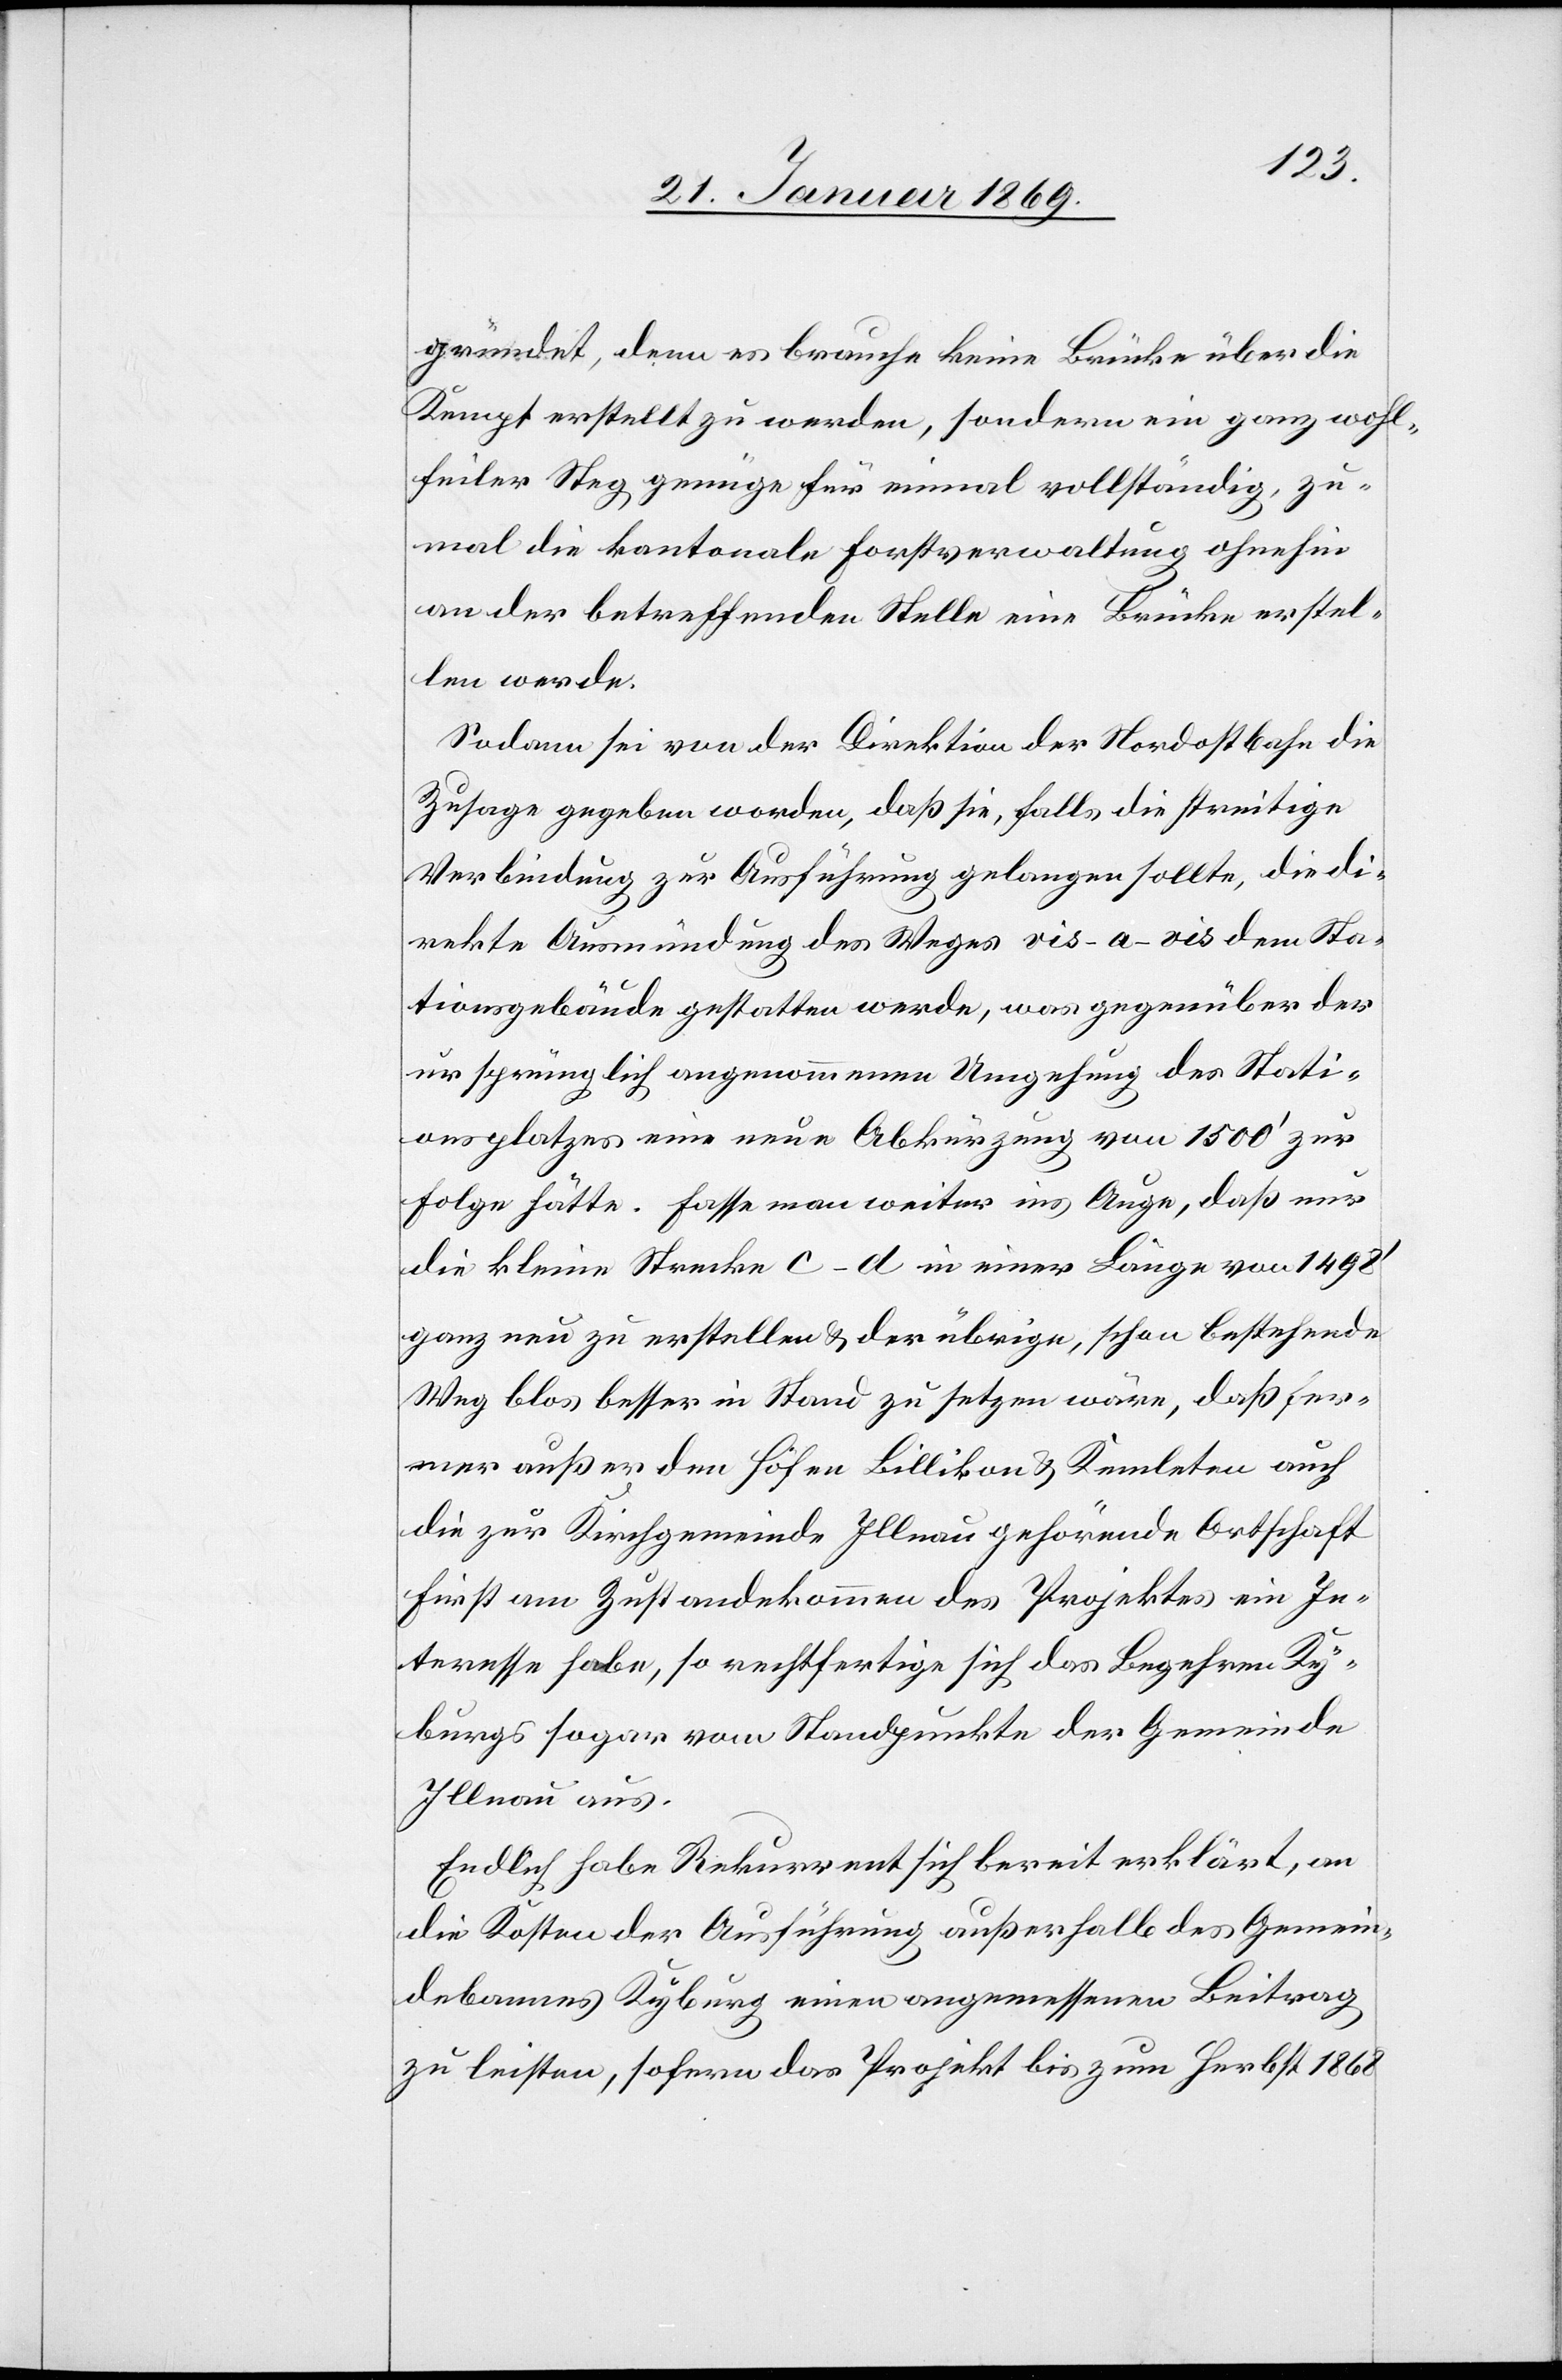
gründet, denn es brauche keine Brücke über die
Kempt erstellt zu werden, sondern ein ganz wohl¬
feiler Weg genüge für einmal vollständig, zu¬
mal die kantonale Forstverwaltung ohnehin
an der betreffenden Stelle eine Brücke erstel¬
len werde.
Sodann sei von der Direktion der Nordostbahn die
Zusage gegeben worden, daß sie, falls die streitige
Verbindung zur Ausführung gelangen sollte, die di¬
rekte Ausmündung des Weges vis-a-vis dem Sta¬
tionsgebäude gestatten werde, was gegenüber der
ursprünglich angenommenen Umgehung des Stati¬
onsplatzes eine neue Abkürzung von 1500’ zur
Folge hätte. Fasse man weiter ins Auge, daß nur
die kleine Strecke c–d in einer Länge von 1492’
ganz neu zu erstellen & der übrige, schon bestehende
Weg blos besser in Stand zu setzen wäre, daß fer¬
ner außer den Höfen Billikon & Kemleten auch
die zur Kirchgemeinde Illnau gehörende Ortschaft
First am Zustandekommen des Projektes ein In¬
teresse habe, so rechtfertige sich das Begehren Ky¬
burgs sogar vom Standpunkte der Gemeinde
Illnau aus.
Endlich habe Rekurrent sich bereit erklärt, an
die Kosten der Ausführung außerhalb des Gemein¬
debannes Kyburg einen angemessenen Beitrag
zu leisten, sofern das Projekt bis zum Herbst 1868